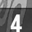
Digit: 4